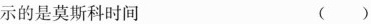
示的是莫斯科时间 ()